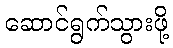
ဆောင်ရွက်သွားဖို့